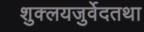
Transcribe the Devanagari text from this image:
शुक्लयजुर्वेदतथा